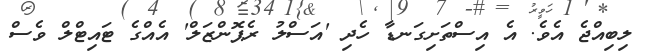
ލިބިއްޖެ އެވެ. އެ އިސްތަށިގަނޑާ ހެދި 'އަސްލު ރެޕޮންޒަލް' އެއްގެ ޓައިޓްލް ވެސް